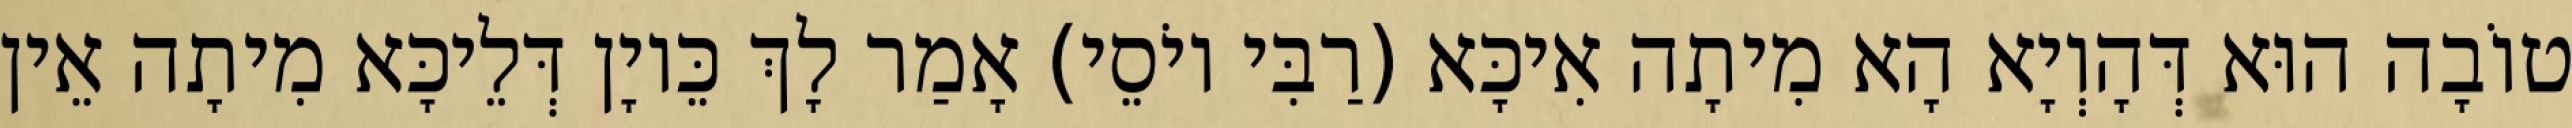
טוֹבָה הוּא דְּהָוְיָא הָא מִיתָה אִיכָּא (רַבִּי יוֹסֵי) אָמַר לָךְ כֵּיוָן דְּלֵיכָּא מִיתָה אֵין